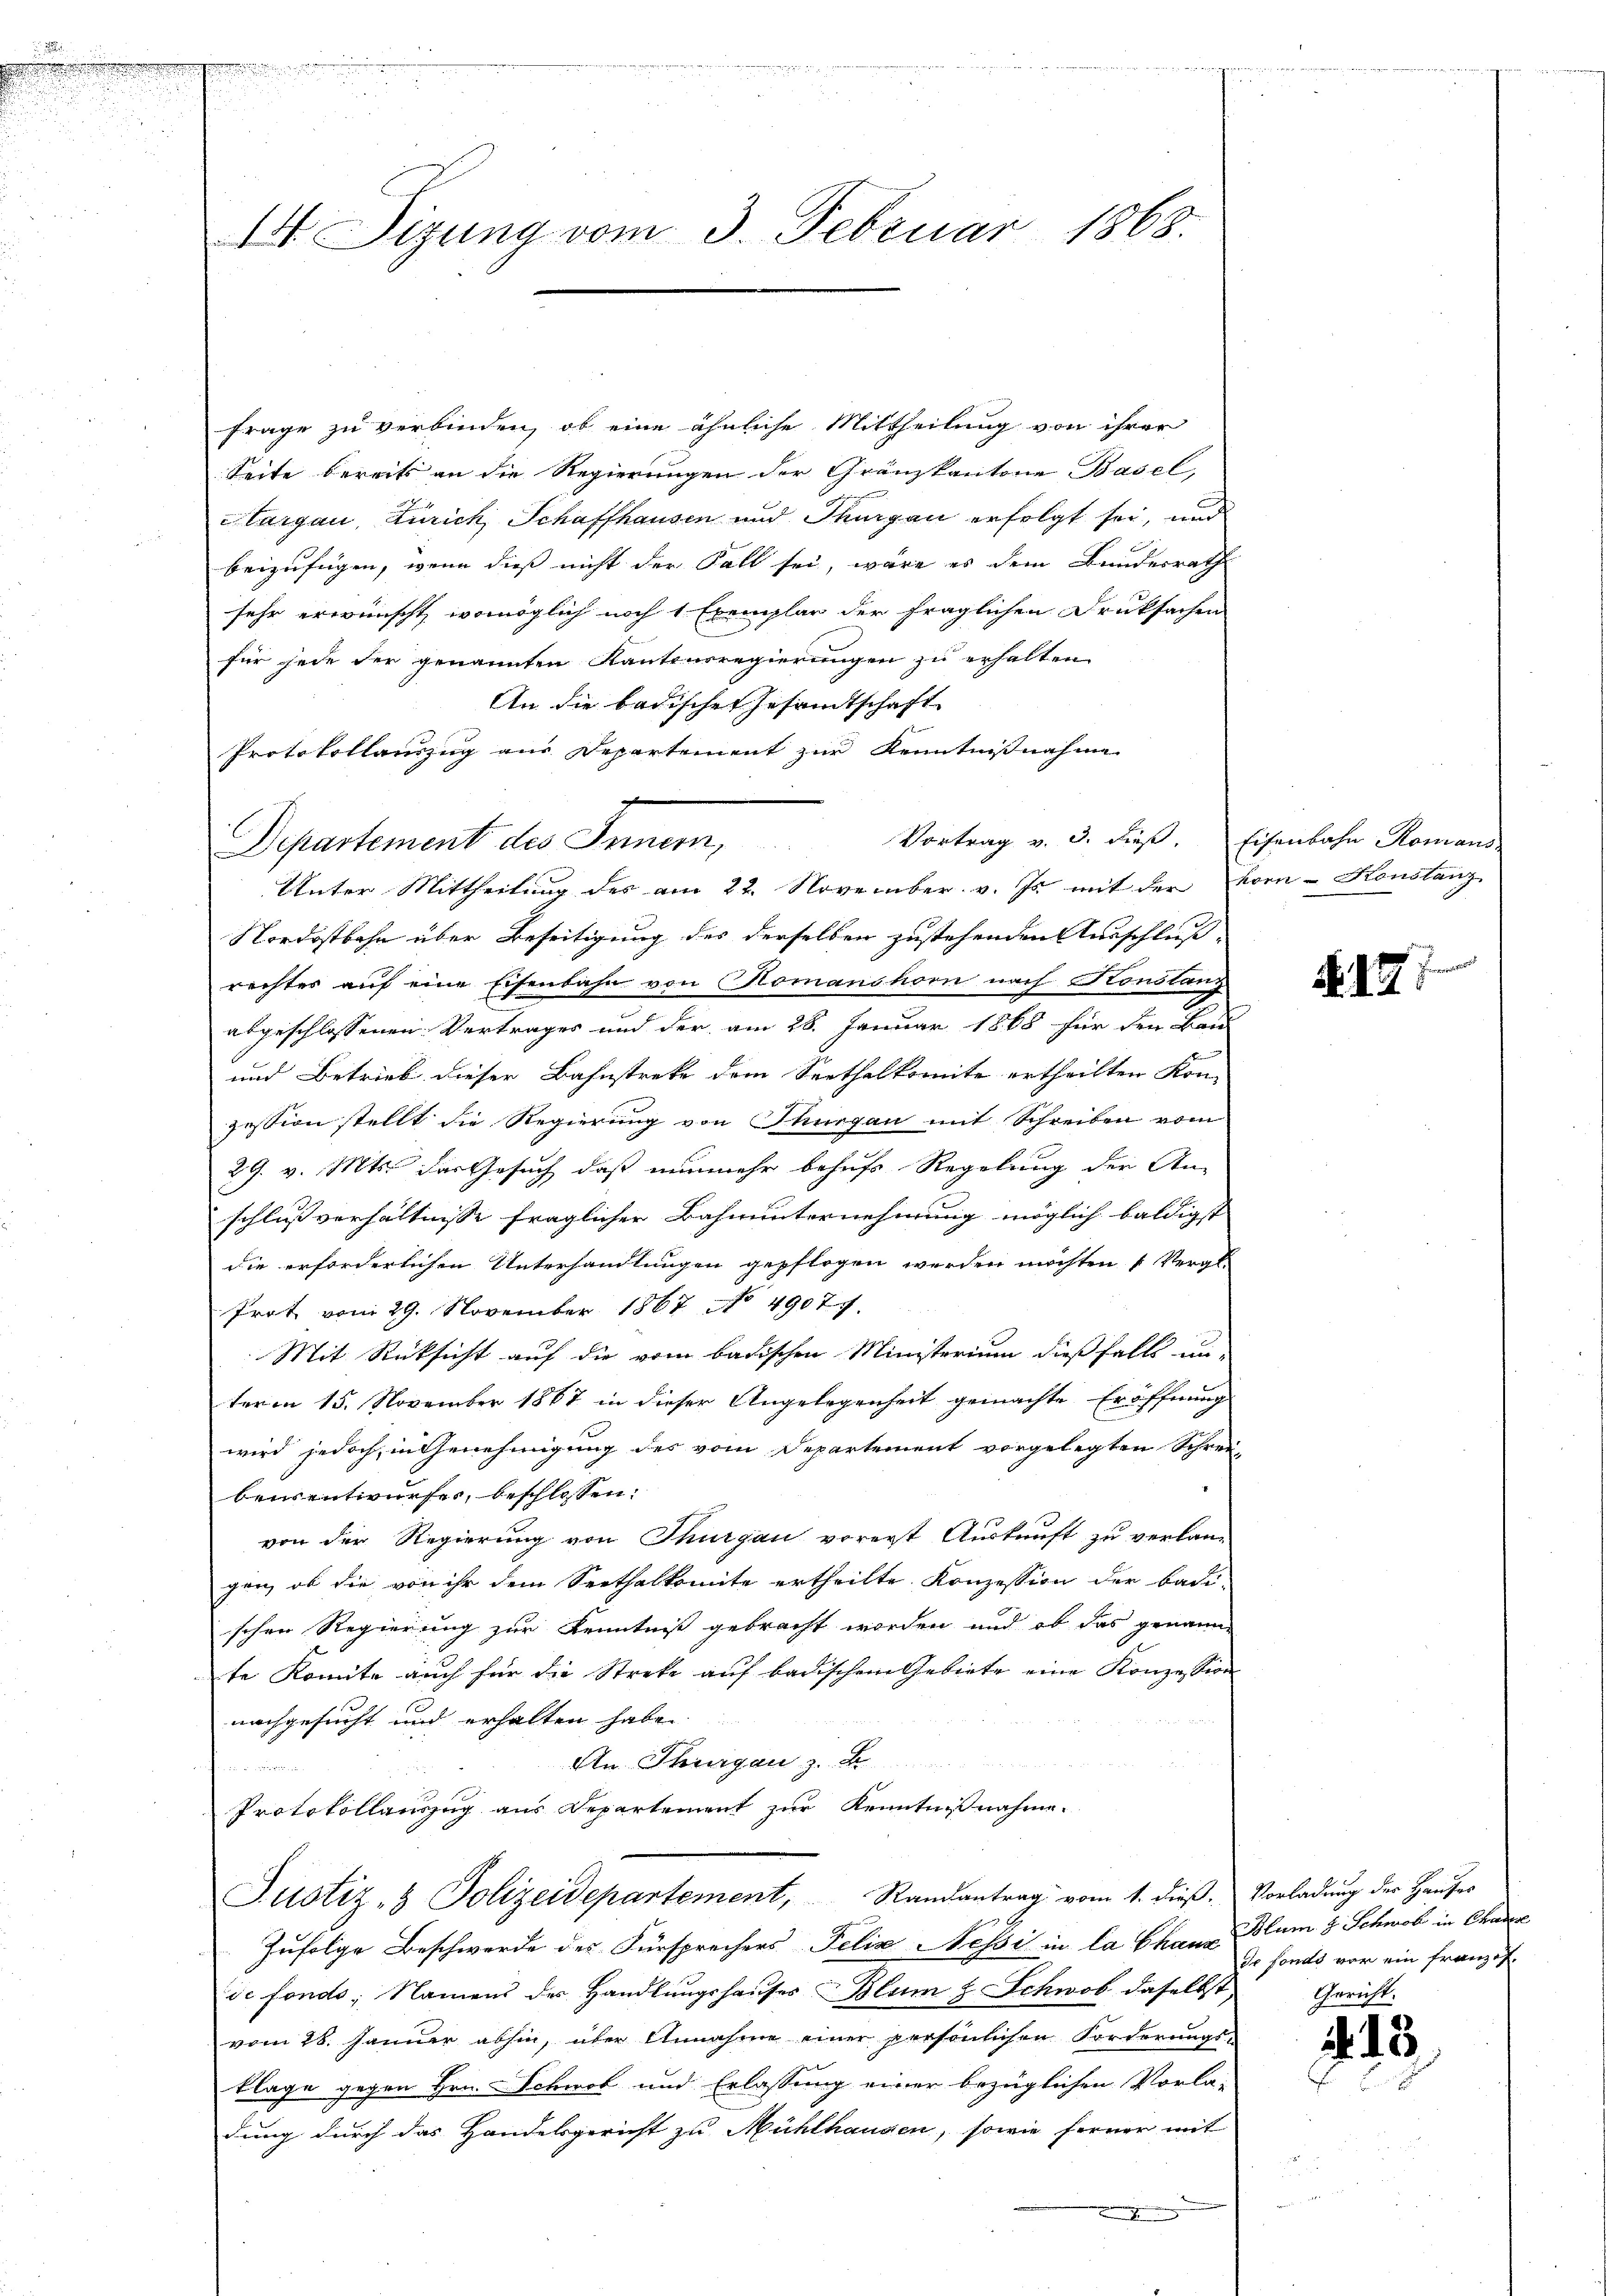
e

44 Sizung vom 3. Februar 1868.

Frage zu verbinden, ob eine ähnliche Mittheilung von ihrer
Seite bereits an die Regierungen der Gränzkantone Basel,
Margau, Zürich, Schaffhausen und Thurgau erfolgt sei, und
beizufügen, wenn dieß nicht der Fall sei, wäre es dem Bundesrath
sehr erwünscht, womöglich noch 1 Exemplar der fraglichen Druksachen
für jede der genannten Kantonsregierungen zu erhalten
An die badischen Gesandtschaft
Protokollauszug aus Departement zur Kenntnisnahme
Separtement des Innern,
Unter Mittheilung des am 22. November v. Js. mit der Korn-Konstanz
Nordostbahn über Beseitigung des derselben zustehenden Ausschluß
rechtes auf eine Eisenbahn von Romanshorn nach Konstanz
abgeschlossenen Vertrages und der am 28. Januar 1868 für den Bau-
und Betrieb dieser Bahnstreke dem Seethalkomite ertheilten Kon-
zession stellt die Regierung von Thurgau mit Schreiben vom
29. v. Mts. das Gesuch, daß nunmehr behufs Regelung der An-
schlußverhältnisse fraglicher Bahnunternehmung möglich baldigst
die erforderlichen Unterhandlungen gepflogen werden möchten Vergl.
Prot vom 29. November 1867 No 49077.
Mit Rücksicht auf die vom badischen Ministerium dießfalls un-
term 15. November 1867 in dieser Angelegenheit gemachte Eröffnung
wird jedoch, in Genehmigung des vom Departement vorgelegten Schrei-
bensentwurfes, beschlossen:
von der Regierung von Thurgau vorerst Auskunft zu verlan-
gen, ob die von ihr dem Seethalkomite ertheilte. Konzession der badi-
schen Regierung zur Kenntniß gebracht worden und ob das genanne
te Komite auch für die Streke auf badischen Gebiete eine Konzession
nachgesucht und erhalten haben
An Thurgau z.
n
Protokollauszug aus Departement zur Kenntnisnahme.
Justiz- & Polizeidepartement, Randantrag vom 1. dieß. Vorladung der Hauses
Zufolge Beschwerde des Fürsprechers Felix Nessi in la Chanc de fonds vor ein Franzis
de fonds; Namens der Handlungshauses Blum & Schwob daselbst Gericht-
vom 28. Januar abhin, über Annahme einer persönlichen Forderungs-
klage gegen Hrn. Schwol und Erlassung einer bezüglichen Vorla-
dung durch das Handelsgericht zu Mühlhausen, sowie ferner mit
.

Vortrag v. 3. dieß. Eisenbahn Romans.

No. 17

Blum 4 Schwohl in Chaser

.13